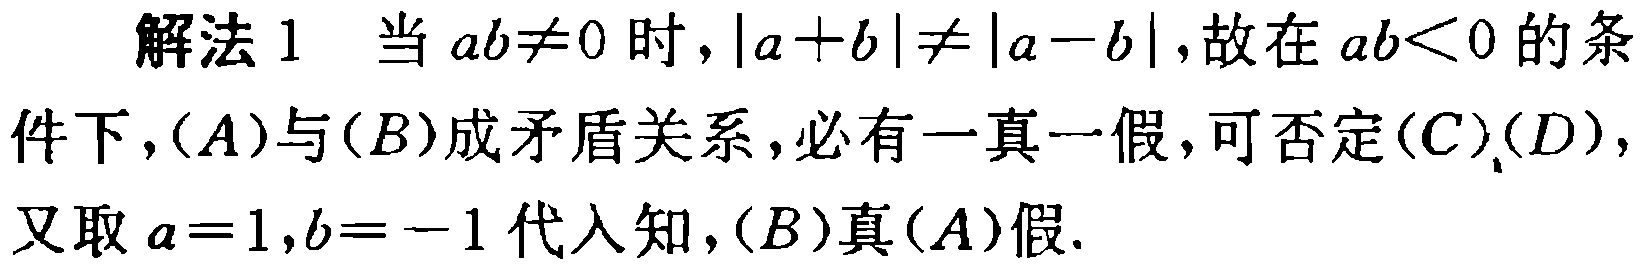
解法 1 当 \(ab\neq0\) 时，\(\vert a + b\vert\neq\vert a - b\vert\)，故在 \(ab<0\) 的条件下，\((A)\)与\((B)\)成矛盾关系，必有一真一假，可否定\((C)\)(\(D\))，又取 \(a = 1,b = - 1\) 代入知，\((B)\)真\((A)\)假.